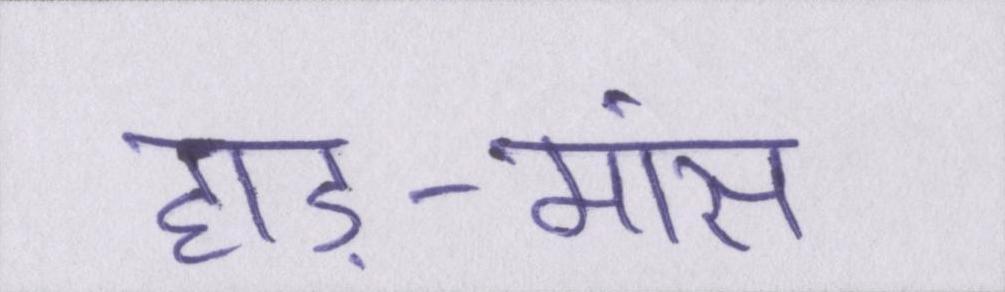
हाड़-मांस